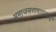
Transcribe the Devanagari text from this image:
समाजसत्तावादाकडून